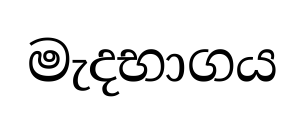
මැදභාගය